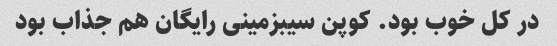
در کل خوب بود. کوپن سیبزمینی رایگان هم جذاب بود